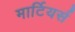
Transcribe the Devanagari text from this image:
मार्टियर्स